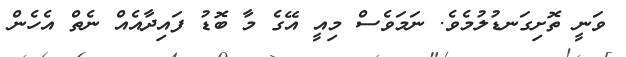
ވަނީ ތޮށިގަނޑުލުމެވެ. ނަމަވެސް މިއީ އޭގެ މާ ބޮޑު ފައިދާއެއް ނެތް އެހެން